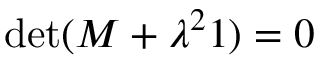
\operatorname* { d e t } ( \boldsymbol { M } + \lambda ^ { 2 } \boldsymbol { 1 } ) = 0